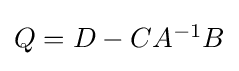
{\begin{matrix}Q=D-CA^{-1}B\end{matrix}}